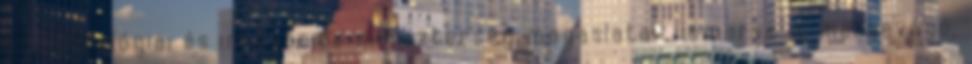
a technológiai és innovációs miniszterség magaslatait ismerve is mellbevágó,